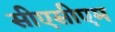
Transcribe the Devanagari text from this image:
सीएसीएम